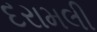
દરામલી